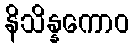
နိသိန္နကောဝ